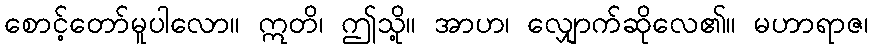
စောင့်တော်မူပါလော။ ဣတိ၊ ဤသို့။ အာဟ၊ လျှောက်ဆိုလေ၏။ မဟာရာဇ၊